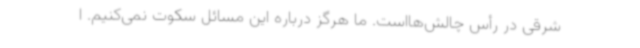
شرقی در رأس چالش‌هااست. ما هرگز درباره این مسائل سکوت نمی‌کنیم. ا